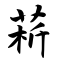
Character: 菥